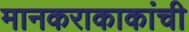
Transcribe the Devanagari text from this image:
मानकराकाकांची